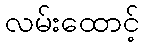
လမ်းထောင့်